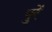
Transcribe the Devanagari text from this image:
पुरें